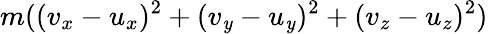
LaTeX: m((v_{x}-u_{x})^{2}+(v_{\mathit{y}}-u_{\mathit{y}})^{2}+(v_{z}-u_{z})^{2})